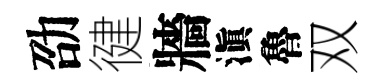
劭徤牆滇魯双